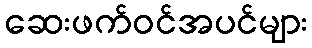
ဆေးဖက်ဝင်အပင်များ